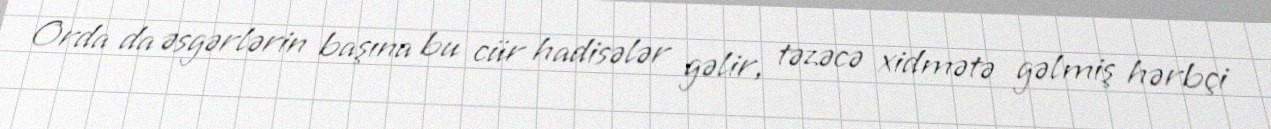
Orda da əsgərlərin başına bu cür hadisələr gəlir, təzəcə xidmətə gəlmiş hərbçi